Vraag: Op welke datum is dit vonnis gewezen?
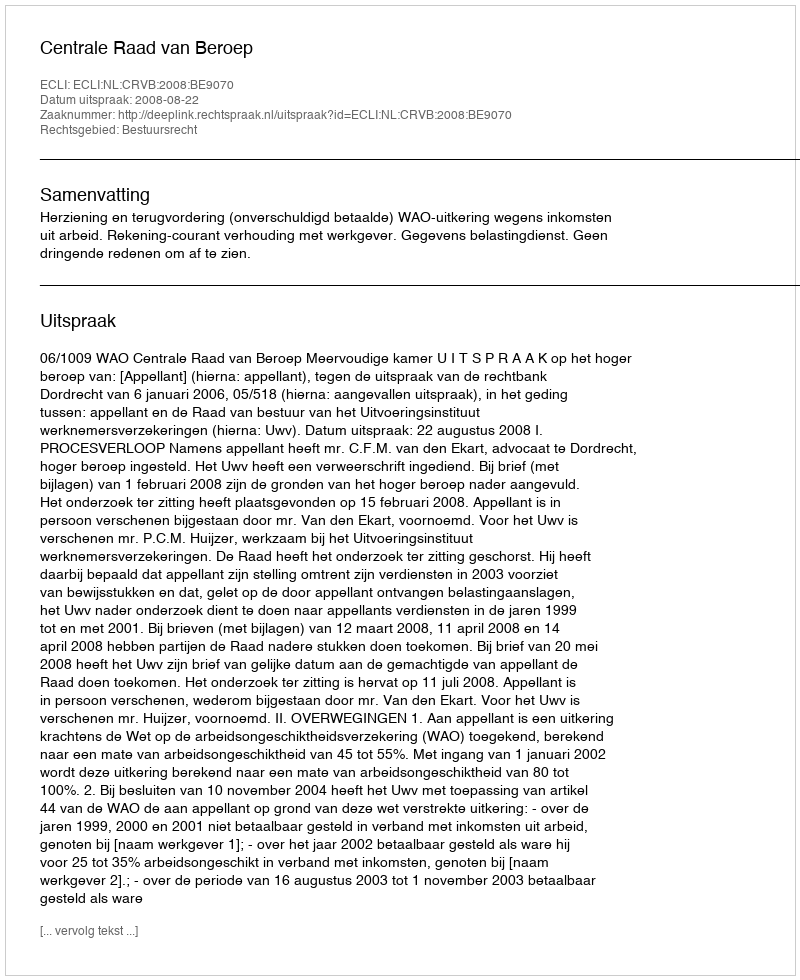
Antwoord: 2008-08-22